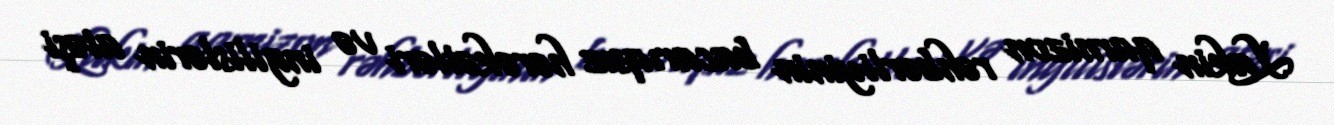
Lakin qarnizon rəhbərliyinin bacarıqsız hərəkətləri və ingilislərin atəşi